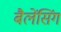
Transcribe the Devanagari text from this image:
बैलेंसिंग